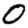
Digit: 0